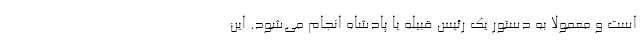
است و معمولاً به دستور یک رئیس قبیله یا پادشاه انجام می‌شود. این